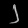
Digit: ၂